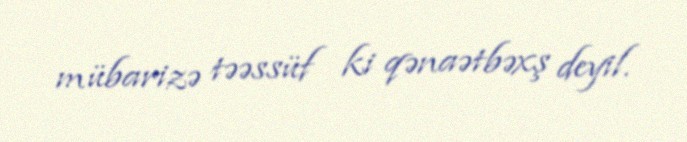
mübarizə təəssüf ki qənaətbəxş deyil.